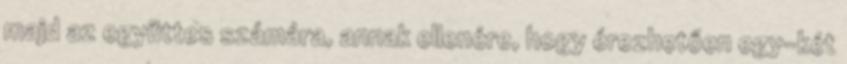
majd az együttes számára, annak ellenére, hogy érezhetően egy-két